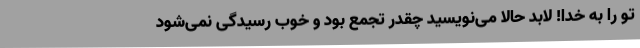
تو را به خدا! لابد حالا می‌نویسید چقدر تجمع بود و خوب رسیدگی نمی‌شود